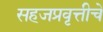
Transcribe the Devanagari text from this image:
सहजप्रवृत्तीचे